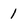
Character: 1